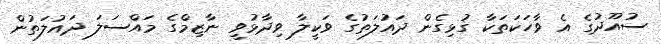
ސުއޫދުގެ އެ ވާހަކަތަކާ ގުޅިގެން ދައުލަތުގެ ވަކީލާ ވިދާޅުވީ ނާޒިމްގެ މައްސަލަ ދައުލަތުން